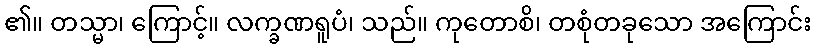
၏။ တသ္မာ၊ ကြောင့်။ လက္ခဏရူပံ၊ သည်။ ကုတောစိ၊ တစုံတခုသော အကြောင်း